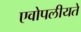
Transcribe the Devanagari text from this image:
एवोपलीयते